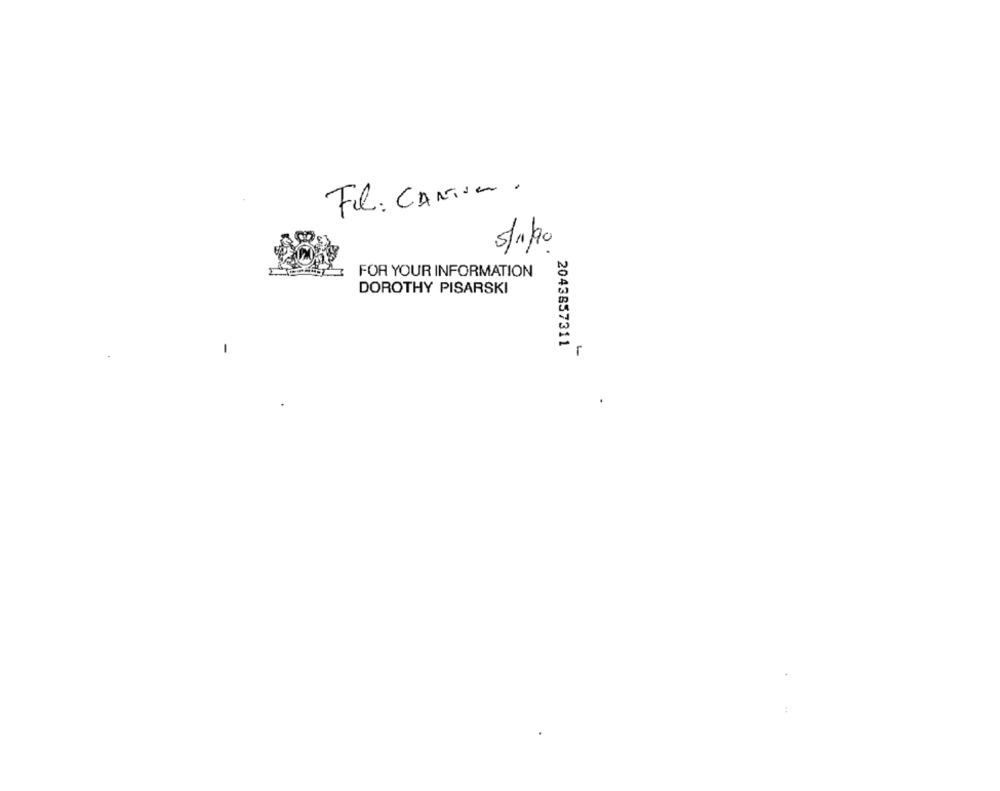
Fel: CATia.
5/1/90
FOR YOUR INFORMATION
DOROTHY PISARSKI
2043857311